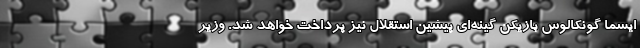
ایسما گونکالوس بازیکن گینه‌ای پیشین استقلال نیز پرداخت خواهد شد. وزیر